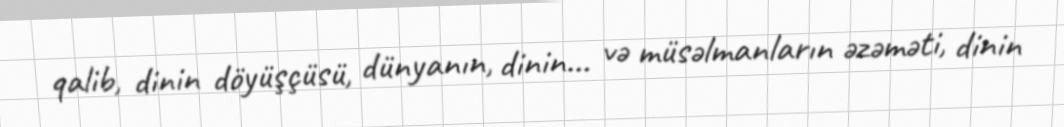
qalib, dinin döyüşçüsü, dünyanın, dinin... və müsəlmanların əzəməti, dinin